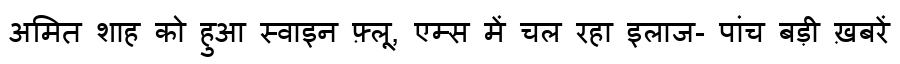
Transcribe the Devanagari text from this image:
अमित शाह को हुआ स्वाइन फ़्लू, एम्स में चल रहा इलाज- पांच बड़ी ख़बरें